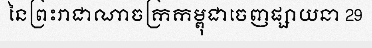
នៃព្រះរាជាណាចក្រកម្ពុជាចេញផ្សាយនា 29